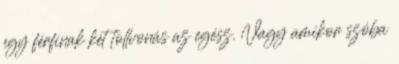
egy férfinak két tollvonás az egész. Vagy amikor szóba